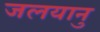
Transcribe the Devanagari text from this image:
जलयानु